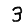
Digit: 3